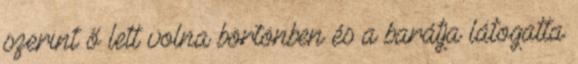
szerint ő lett volna börtönben és a barátja látogatta